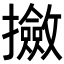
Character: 𫾛